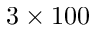
3 \times 1 0 0